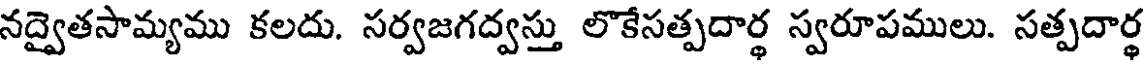
నద్వైతసామ్యము కలదు. సర్వజగద్వస్తు లొకేసత్పదార్థ స్వరూపములు. సత్పదార్థ